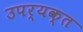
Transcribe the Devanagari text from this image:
उपर्यक्त